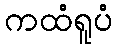
ကထံရူပံ